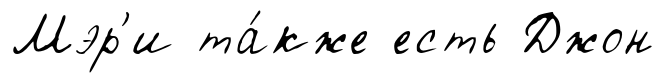
Мэр'и та́кже есть Джон